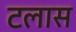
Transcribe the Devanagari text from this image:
टलास